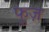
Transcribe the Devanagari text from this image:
फूज़